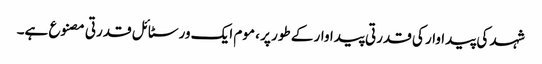
شہد کی پیداوار کی قدرتی پیداوار کے طور پر ، موم ایک ورسٹائل قدرتی مصنوع ہے۔